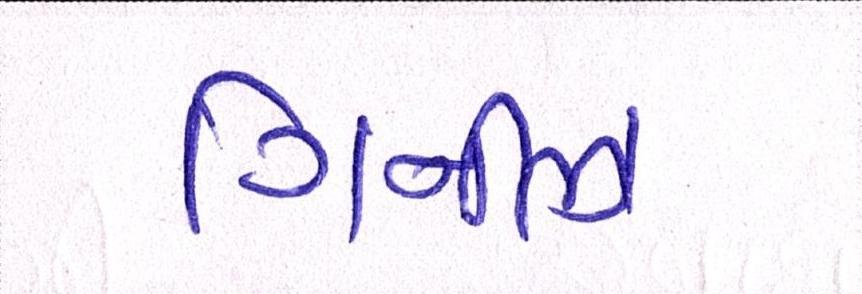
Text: ગિનીઝ